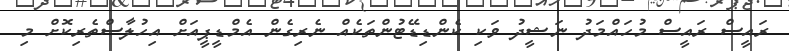
ރައީސް ރައީސް މުހައްމަދު ނަޝީދު ވަކި ކެންޑިޑޭޓުންތަކެއް ނެރިގެން އެމްޑީޕީއަށް އިހުލާސްތެރިކޮށް މި